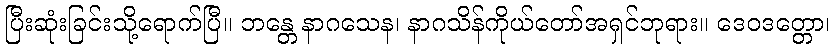
ပြီးဆုံးခြင်းသို့ရောက်ပြီ။ ဘန္တေ နာဂသေန၊ နာဂသိန်ကိုယ်တော်အရှင်ဘုရား။ ဒေဝဒတ္တော၊